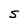
Character: S